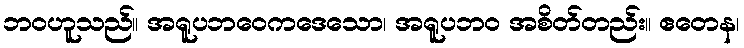
ဘဝဟူသည်။ အရူပဘဝေကဒေသော၊ အရူပဘဝ အစိတ်တည်း။ ဧတေန၊